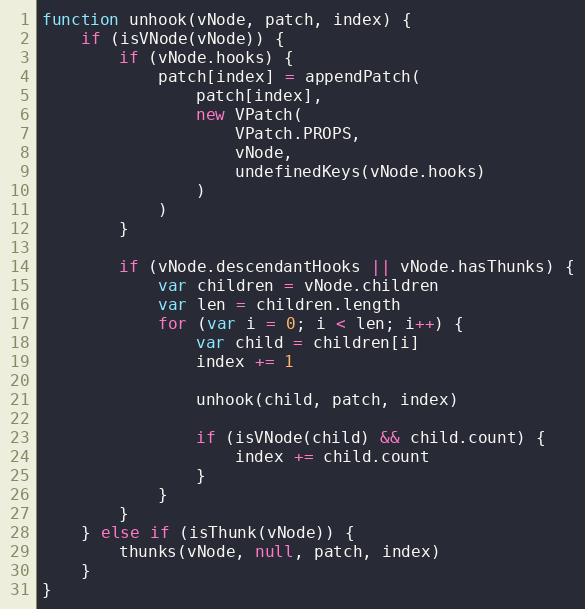
Language: JavaScript
function unhook(vNode, patch, index) {
    if (isVNode(vNode)) {
        if (vNode.hooks) {
            patch[index] = appendPatch(
                patch[index],
                new VPatch(
                    VPatch.PROPS,
                    vNode,
                    undefinedKeys(vNode.hooks)
                )
            )
        }

        if (vNode.descendantHooks || vNode.hasThunks) {
            var children = vNode.children
            var len = children.length
            for (var i = 0; i < len; i++) {
                var child = children[i]
                index += 1

                unhook(child, patch, index)

                if (isVNode(child) && child.count) {
                    index += child.count
                }
            }
        }
    } else if (isThunk(vNode)) {
        thunks(vNode, null, patch, index)
    }
}